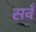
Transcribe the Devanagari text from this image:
सवँ